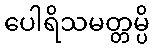
ပေါရိသမတ္တမ္ပိ